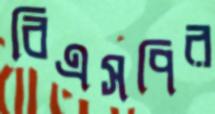
বিএসপির